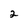
Character: 2